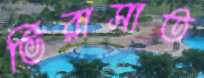
ভিরাসাত